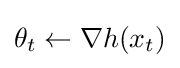
\theta _{t}\leftarrow \nabla h(x_{t})